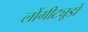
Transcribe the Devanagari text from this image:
लोंगीट्यूडों